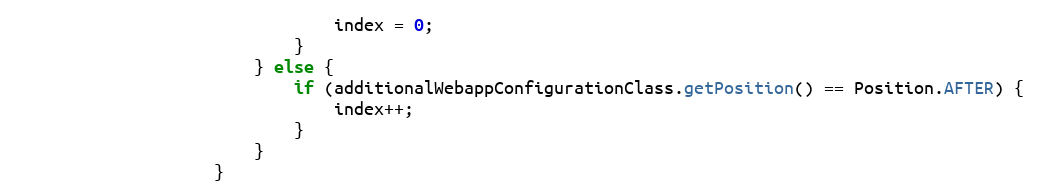
Language: Java
                                index = 0;
                            }
                        } else {
                            if (additionalWebappConfigurationClass.getPosition() == Position.AFTER) {
                                index++;
                            }
                        }
                    }